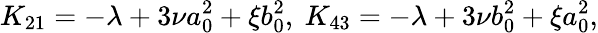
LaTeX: K_{21}=-\lambda+3\nu a_{0}^{2}+\xi b_{0}^{2},\ K_{43}=-\lambda+3\nu b_{0}^{2}+\xi a_{0}^{2},